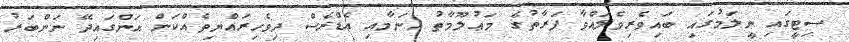
ސިޓީގައި ނީލަމުގައި ބައިވެރިވެލައްވާ ފަރާތުގެ މަޢުލޫމާތު (ނަމާއި އެޑްރެސް ދިވެހިރައްޔިތެއްކަން އަންގައިދޭ ނަންބަރު